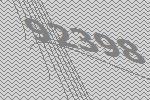
92398